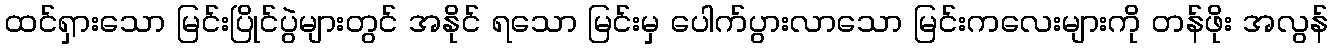
ထင်ရှားသော မြင်းပြိုင်ပွဲများတွင် အနိုင် ရသော မြင်းမှ ပေါက်ပွားလာသော မြင်းကလေးများကို တန်ဖိုး အလွန်